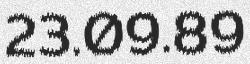
23.09.89